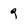
Character: 9